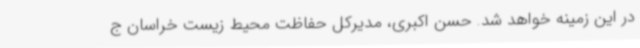
در این زمینه خواهد شد. حسن اکبری، مدیرکل حفاظت محیط زیست خراسان ج